画像に写った文字を読んでください
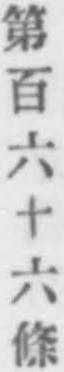
「第百六十六條」と書いてあります